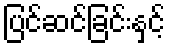
ပြင်ဆင်ခြင်းနှင့်